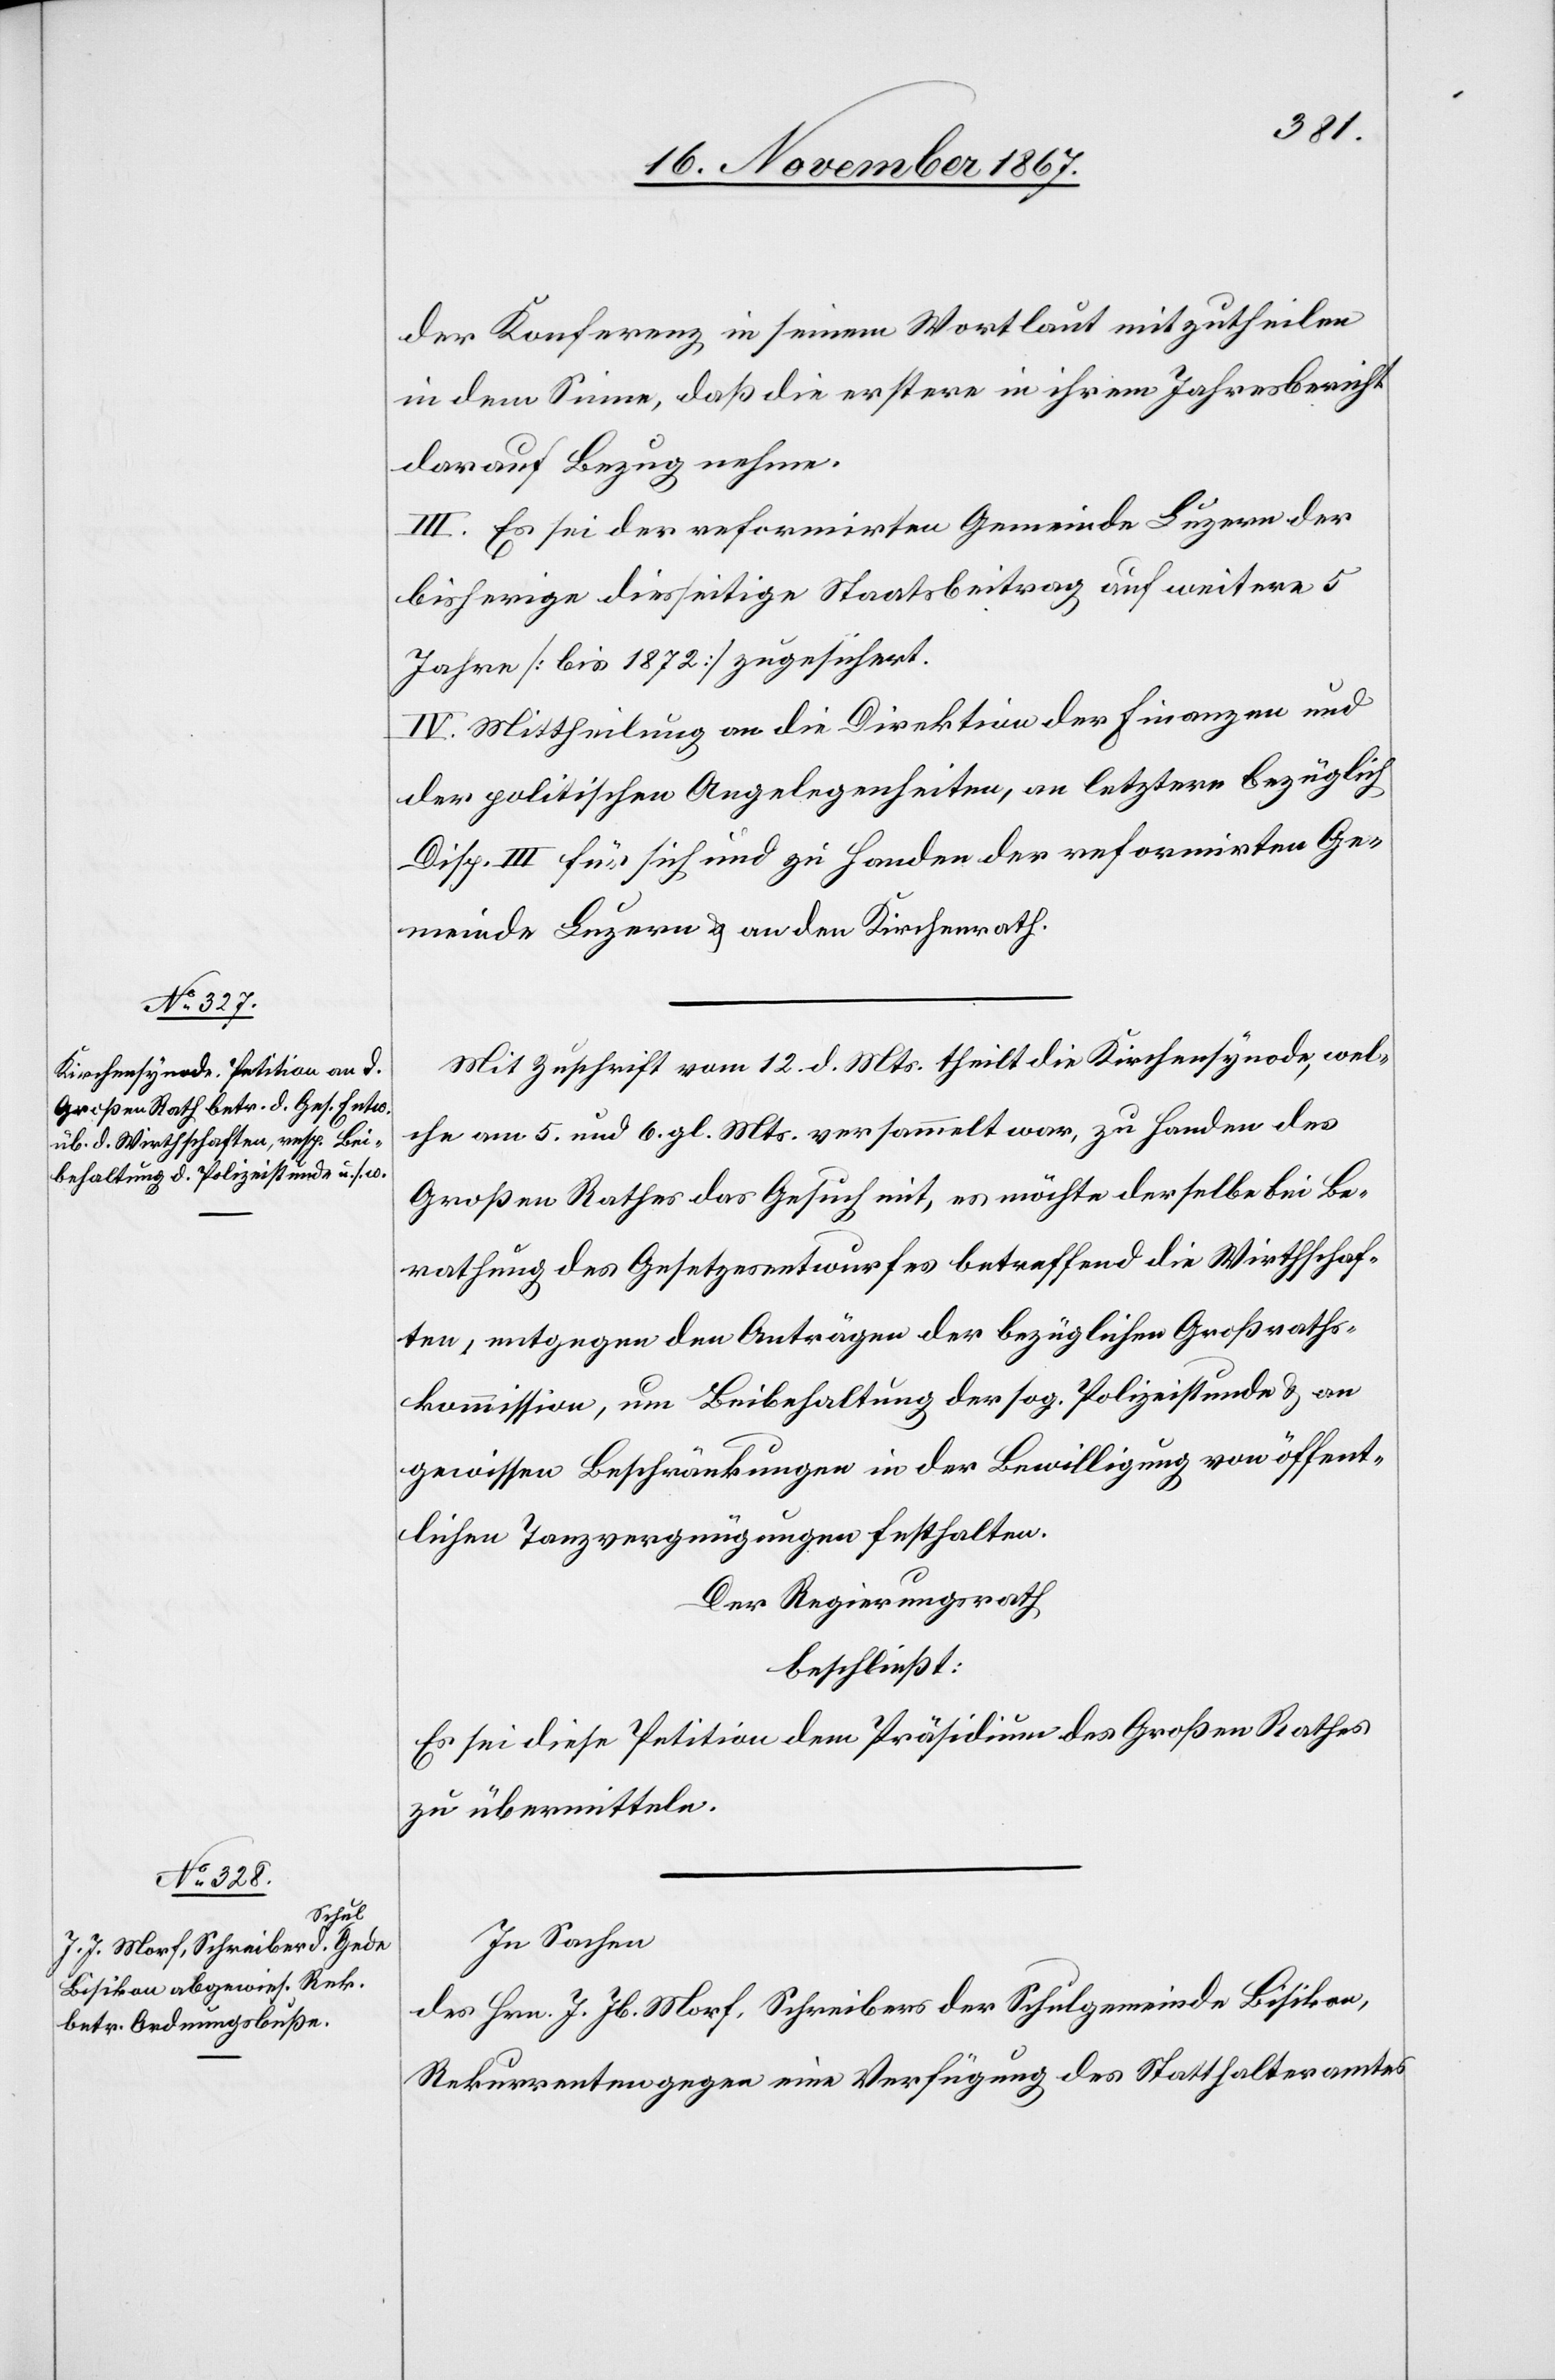
der Konferenz in seinem Wortlaut mitzutheilen
in dem Sinne, daß die erstere in ihrem Jahresbericht
darauf Bezug nehme.
III. Es sei der reformirten Gemeinde Luzern der
bisherige diesseitige Staatsbeitrag auf weitere 5
Jahre [bis 1872] zugesichert.
IV. Mittheilung an die Direktionen der Finanzen und
der politischen Angelegenheiten, an letztere bezüglich
Disp. III für sich und zu Handen der reformirten Ge¬
meinde Luzern u. an den Kirchenrath.
Mit Zuschrift vom 12. d. Mts. theilt die Kirchensynode, wel¬
che am 5. und 6. gl. Mts. versammelt war, zu Handen des
Großen Rathes das Gesuch mit, es möchte derselbe bei Be¬
rathung des Gesetzesentwurfes betreffend die Wirthschaf¬
ten, entgegen den Anträgen der bezüglichen Großraths¬
kommission, um Beibehaltung der sog. Polizeistunde u. an
gewissen Beschränkungen in der Bewilligung von öffent¬
lichen Tanzvergnügungen festhalten.
Der Regierungsrath
beschließt:
Es sei diese Petition dem Präsidium des Großen Rathes
zu übermitteln.
In Sachen
des Hrn. J. Jb. Morf, Schreiber der Schulgemeinde Bisikon,
Rekurrenten gegen eine Verfügung des Statthalteramtes